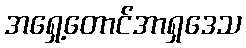
အရှေ့တောင်အာရှဒေသ